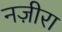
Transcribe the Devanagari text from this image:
नज़ीरा